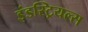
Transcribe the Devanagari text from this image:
इंडस्ट्रियल्स